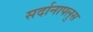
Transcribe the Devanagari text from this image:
सर्दानापलुस